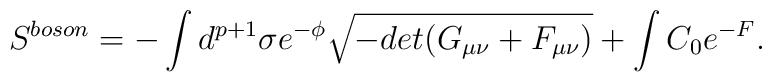
S^{boson} = - \int d^{p+1} \sigma e^{-\phi} \sqrt{-det(G_{\mu \nu}+F_{\mu \nu})} + \int C_{0} e^{-F} .